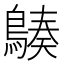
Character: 𪃆